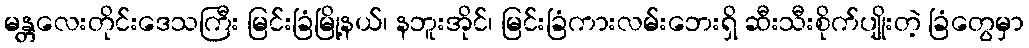
မန္တလေးတိုင်းဒေသကြီး မြင်းခြံမြို့နယ်၊ နဘူးအိုင်၊ မြင်းခြံကားလမ်းဘေးရှိ ဆီးသီးစိုက်ပျိုးတဲ့ ခြံတွေမှာ